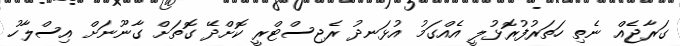
ގަރާޖެއް ނެތި ހަތަރުފުރޮޅުލީ އެއްގަމު އުޅަނދު ރެޖިސްޓްރީ ކޮށްދޭ ގޮތަށް ގާނޫނަށް އިސްލާހު